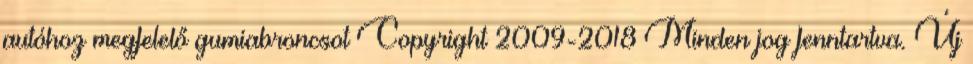
autóhoz megfelelő gumiabroncsot Copyright 2009-2018 Minden jog fenntartva. Új